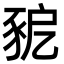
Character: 豟